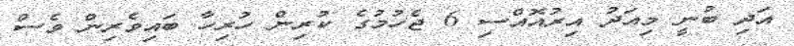
އަދި ބުނީ މިއަދު އިރުއޮއްސި 6 ޖެހުމުގެ ކުރިން ހުރިހާ ބައިވެރިން ވެސް